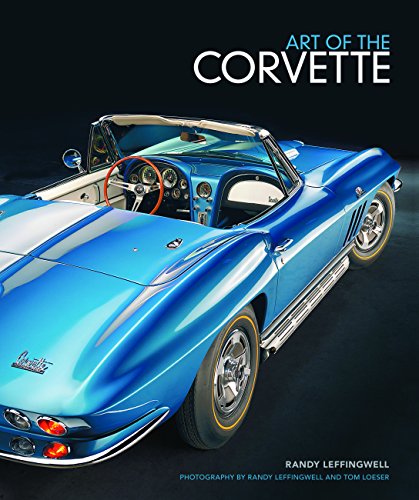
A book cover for Art of the Corvette; Randy Leffingwell; Crafts, Hobbies & Home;